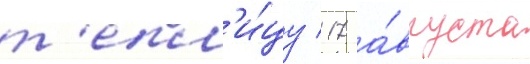
т'епл'и́цу / 17 а́вгуста